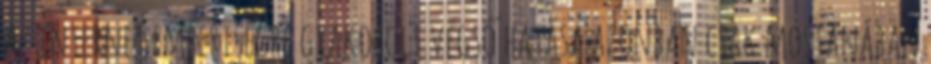
Az internet emberiségre gyakorolt végső hatása azonban csak mostanában